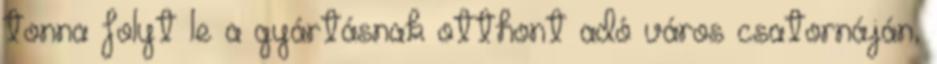
tonna folyt le a gyártásnak otthont adó város csatornáján,